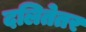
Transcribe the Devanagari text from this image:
दलितेतर